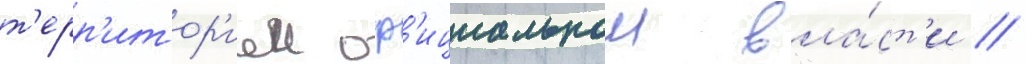
т'ерр'итор'иеи оф'ициальнои вла́ст'и /